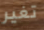
تغير